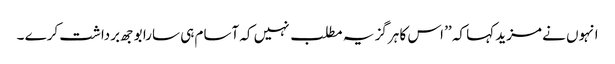
انہوں نے مزید کہا کہ ’’ اس کا ہرگز یہ مطلب نہیں کہ آسام ہی سارا بوجھ برداشت کرے ۔